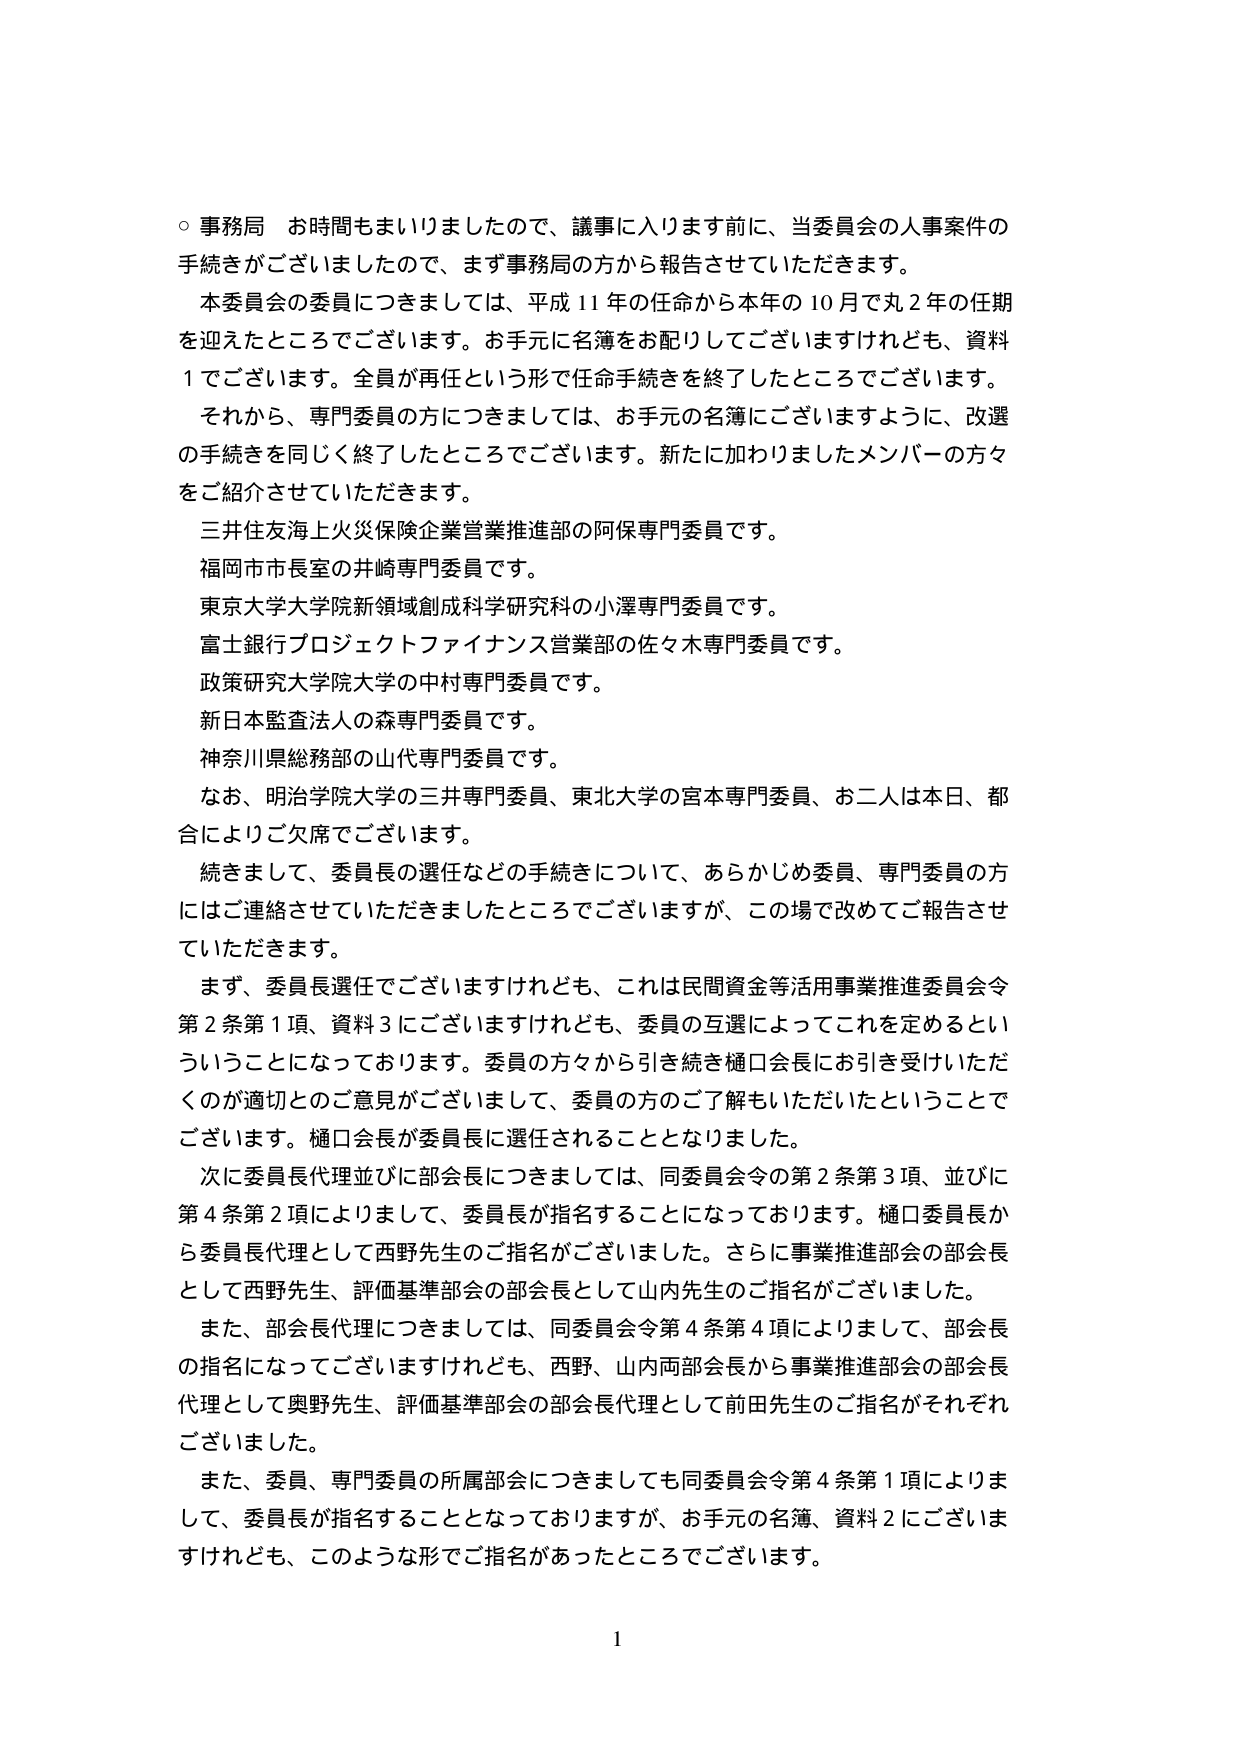
○ 事務局 お時間もまいりましたので、議事に入ります前に、当委員会の人事案件の手続きがございましたので、まず事務局の方から報告させていただきます。

本委員会の委員につきましては、平成11年の任命から本年の10月で丸2年の任期を迎えたところでございます。お手元に名簿をお配りしてございますけれども、資料1でございます。全員が再任という形で任命手続きを終了したところでございます。

それから、専門委員の方につきましては、お手元の名簿にございますように、改選の手続きを同じく終了したところでございます。新たに加わりましたメンバーの方々をご紹介させていただきます。

三井住友海上火災保険企業営業推進部の阿保専門委員です。

福岡市市長室の井崎専門委員です。

東京大学大学院新領域創成科学研究科の小澤専門委員です。

富士銀行プロジェクトファイナンス営業部の佐々木専門委員です。

政策研究大学院大学の中村専門委員です。

新日本監査法人の森専門委員です。

神奈川県総務部の山代専門委員です。

なお、明治学院大学の三井専門委員、東北大学の宮本専門委員、お二人は本日、都合によりご欠席でございます。

続きまして、委員長の選任などの手続きについて、あらかじめ委員、専門委員の方にはご連絡させていただきましたところでございますが、この場で改めてご報告させていただきます。

まず、委員長選任でございますけれども、これは民間資金等活用事業推進委員会令第2条第1項、資料3にございますけれども、委員の互選によってこれを定めるということになっております。委員の方々から引き続き樋口会長にお引き受けいただくのが適切とのご意見がございまして、委員の方のご了解もいただいたということでございます。樋口会長が委員長に選任されることとなりました。

次に委員長代理並びに部会長につきましては、同委員会令の第2条第3項、並びに第4条第2項によりまして、委員長が指名することになっております。樋口委員長から委員長代理として西野先生のご指名がございました。さらに事業推進部会の部会長として西野先生、評価基準部会の部会長として山内先生のご指名がございました。

また、部会長代理につきましては、同委員会令第4条第4項によりまして、部会長の指名になってございますけれども、西野、山内両部会長から事業推進部会の部会長代理として奥野先生、評価基準部会の部会長代理として前田先生のご指名がそれぞれございました。

また、委員、専門委員の所属部会につきましても同委員会令第4条第1項によりまして、委員長が指名することとなっておりますが、お手元の名簿、資料2にございますけれども、このような形でご指名があったところでございます。

1